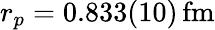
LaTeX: r_{p}=0.833(10)\, \mathrm{fm}